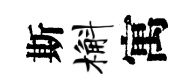
斯槲寓